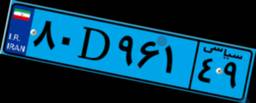
۱۰D۴۴۲۵۴